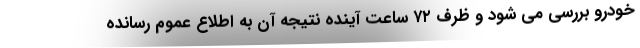
خودرو بررسی می شود و ظرف ۷۲ ساعت آینده نتیجه آن به اطلاع عموم رسانده